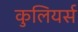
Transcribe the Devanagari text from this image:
कुलियर्स